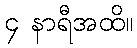
၄ နာရီအထိ။